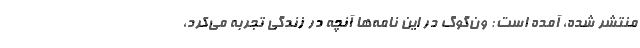
منتشر شده، آمده است: ون‌گوگ در این نامه‌ها آنچه در زندگی تجربه می‌کرد،